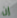
إن